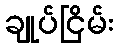
ချုပ်ငြိမ်း